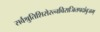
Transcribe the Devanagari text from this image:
सर्वश्रुतिशिरोरत्नविराजितपदांबुजम्